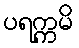
ပရက္ကမိ